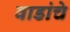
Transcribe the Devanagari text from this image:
वाडांचे